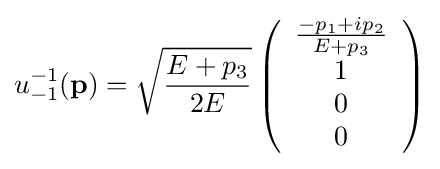
u_{-1}^{-1}(\mathbf {p} )={\sqrt {{E+p_{3}} \over 2E}}\left({\begin{array}{c}{{-p_{1}+ip_{2}} \over {E+p_{3}}}\\1\\0\\0\end{array}}\right)